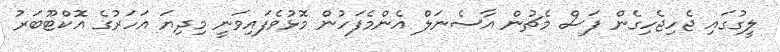
ލީގުގައި ޖެހިޖެހިގެން ފަސް މެޗުން އާސެނަލް އެންމެފަހުން މޮޅުވެފައިވަނީ މިދިޔަ އަހަރުގެ އޮކްޓޫބަރު